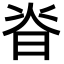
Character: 𭦃